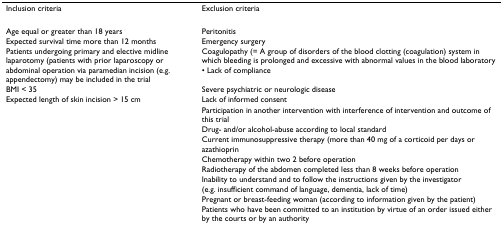
<table><thead><tr><td><b>Inclusion criteria</b></td><td><b>Exclusion criteria</b></td></tr></thead><tbody><tr><td>Age equal or greater than 18 years</td><td>Peritonitis</td></tr><tr><td>Expected survival time more than 12 months</td><td>Emergency surgery</td></tr><tr><td>Patients undergoing primary and elective midline laparotomy (patients with prior laparoscopy or abdominal operation via paramedian incision (e.g. appendectomy) may be included in the trial</td><td>Coagulopathy (= A group of disorders of the blood clotting (coagulation) system in which bleeding is prolonged and excessive with abnormal values in the blood laboratory• Lack of compliance</td></tr><tr><td>BMI &lt; 35</td><td>Severe psychiatric or neurologic disease</td></tr><tr><td>Expected length of skin incision &gt; 15 cm</td><td>Lack of informed consent</td></tr><tr><td></td><td>Participation in another intervention with interference of intervention and outcome of this trial</td></tr><tr><td></td><td>Drug- and/or alcohol-abuse according to local standard</td></tr><tr><td></td><td>Current immunosuppressive therapy (more than 40 mg of a corticoid per days or azathioprin</td></tr><tr><td></td><td>Chemotherapy within two 2 before operation</td></tr><tr><td></td><td>Radiotherapy of the abdomen completed less than 8 weeks before operation</td></tr><tr><td></td><td>Inability to understand and to follow the instructions given by the investigator (e.g. insufficient command of language, dementia, lack of time)</td></tr><tr><td></td><td>Pregnant or breast-feeding woman (according to information given by the patient)</td></tr><tr><td></td><td>Patients who have been committed to an institution by virtue of an order issued either by the courts or by an authority</td></tr></tbody></table>